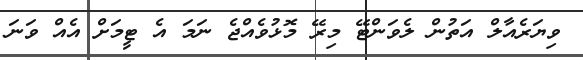
ވިޔަރެއާލް އަތުން ލެވަންޓޭ މިރޭ މޮޅުވެއްޖެ ނަމަ އެ ޓީމަށް އެއް ވަނަ